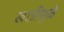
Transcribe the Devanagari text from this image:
खात्रीमुळे